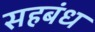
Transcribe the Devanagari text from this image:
सहबंध